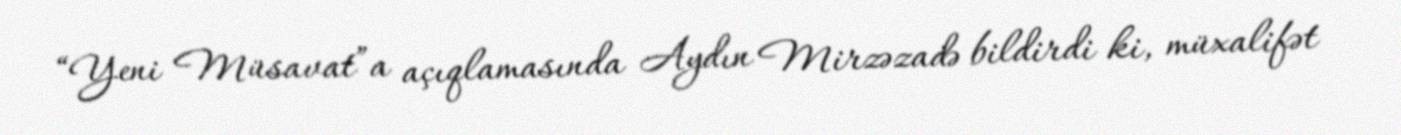
“Yeni Müsavat”a açıqlamasında Aydın Mirzəzadə bildirdi ki, müxalifət